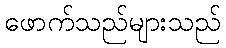
ဖောက်သည်များသည်